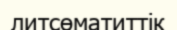
литсөматиттік